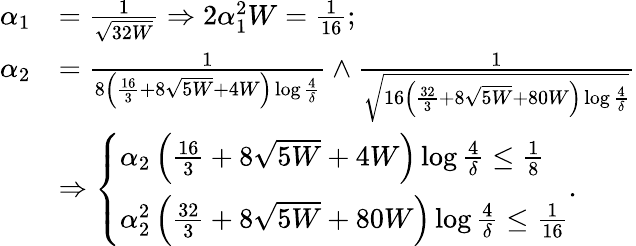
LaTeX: \begin{array}{rl}{\alpha_{1}}&{=\frac{1}{\sqrt{32W}}\Rightarrow 2\alpha_{1}^{2}W=\frac{1}{16};}\\ {\alpha_{2}}&{=\frac{1}{8\left(\frac{16}{3}+8\sqrt{5W}+4W\right)\log\frac{4}{\delta}}\land\frac{1}{\sqrt{16\left(\frac{32}{3}+8\sqrt{5W}+80W\right)\log\frac{4}{\delta}}}}\\ &{\Rightarrow\left\{ \begin{array}{ll}{\alpha_{2}\left(\frac{16}{3}+8\sqrt{5W}+4W\right)\log\frac{4}{\delta}\leq\frac{1}{8}}\\ {\alpha_{2}^{2}\left(\frac{32}{3}+8\sqrt{5W}+80W\right)\log\frac{4}{\delta}\leq\frac{1}{16}}\end{array}\right..}\end{array}